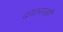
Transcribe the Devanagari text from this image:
दयासखी